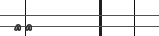
٦٩